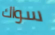
سواك